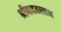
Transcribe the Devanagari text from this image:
श्रीपादवल्लभ